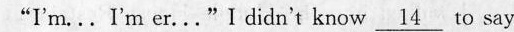
"I'mm ., I':m er,……" I didn't know \underline{14}to say